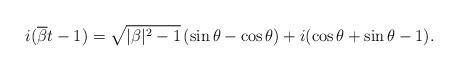
LaTeX: \begin{align*} i(\overline{\beta}t-1)= \sqrt{|\beta|^2-1}\,(\sin\theta- \cos\theta) + i(\cos \theta+\sin \theta - 1). \end{align*}